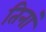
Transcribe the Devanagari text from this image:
तिनां